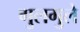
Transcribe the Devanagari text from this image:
गुलगुले